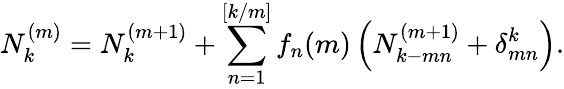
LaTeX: N_{k}^{(m)}=N_{k}^{(m+1)}+\sum_{n=1}^{[k/m]}f_{n}(m)\left(N_{k-mn}^{(m+1)}+\delta_{mn}^{k}\right).